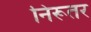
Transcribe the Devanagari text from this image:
निरूतर